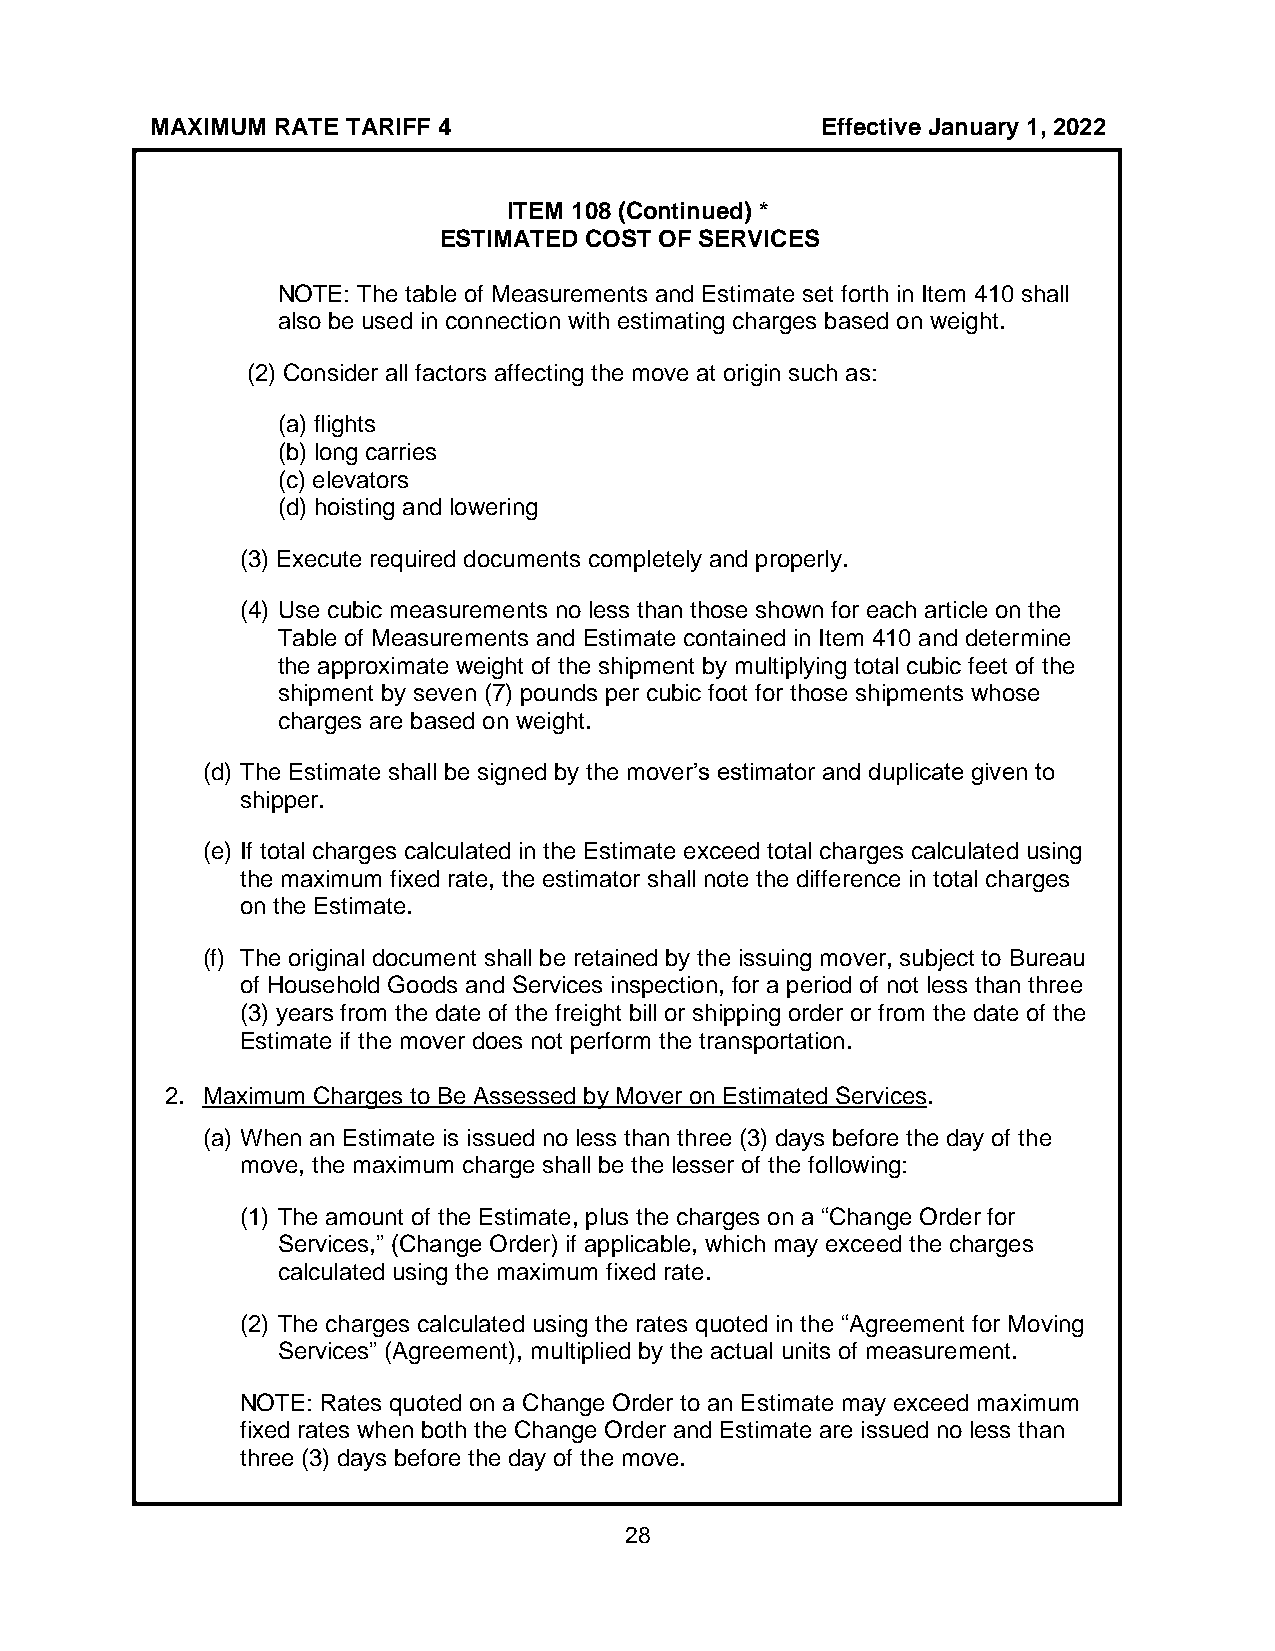
MAXIMUM RATE TARIFF 4                       Effective January 1, 2022
 ITEM 108 (Continued) *
 ESTIMATED COST OF SERVICES
 NOTE: The table of Measurements and Estimate set forth in Item 410 shall
 also be used in connection with estimating charges based on weight.
 (2) Consider all factors affecting the move at origin such as:
 (a) flights
 (b) long carries
 (c) elevators
 (d) hoisting and lowering
 (3) Execute required documents completely and properly.
 (4) Use cubic measurements no less than those shown for each article on the
 Table of Measurements and Estimate contained in Item 410 and determine
 the approximate weight of the shipment by multiplying total cubic feet of the
 shipment by seven (7) pounds per cubic foot for those shipments whose
 charges are based on weight.
 (d) The Estimate shall be signed by the mover’s estimator and duplicate given to
 shipper.
 (e) If total charges calculated in the Estimate exceed total charges calculated using
 the maximum fixed rate, the estimator shall note the difference in total charges
 on the Estimate.
 (f) The original document shall be retained by the issuing mover, subject to Bureau
 of Household Goods and Services inspection, for a period of not less than three
 (3) years from the date of the freight bill or shipping order or from the date of the
 Estimate if the mover does not perform the transportation.
 2. Maximum Charges to Be Assessed by Mover on Estimated Services.
 (a) When an Estimate is issued no less than three (3) days before the day of the
 move, the maximum charge shall be the lesser of the following:
 (1) The amount of the Estimate, plus the charges on a “Change Order for
 Services,” (Change Order) if applicable, which may exceed the charges
 calculated using the maximum fixed rate.
 (2) The charges calculated using the rates quoted in the “Agreement for Moving
 Services” (Agreement), multiplied by the actual units of measurement.
 NOTE: Rates quoted on a Change Order to an Estimate may exceed maximum
 fixed rates when both the Change Order and Estimate are issued no less than
 three (3) days before the day of the move.
 28